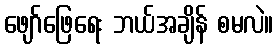
ဖျော်ဖြေရေး ဘယ်အချိန် စမလဲ။